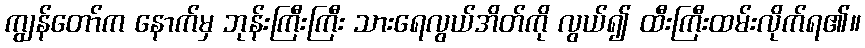
ကျွန်တော်က နောက်မှ ဘုန်းကြီးကြီး သားရေလွယ်အိတ်ကို လွယ်၍ ထီးကြီးထမ်းလိုက်ရ၏။